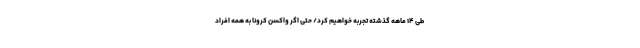
طی ۱۴ ماهه گذشته تجربه خواهیم کرد/ حتی اگر واکسن کرونا به همه افراد